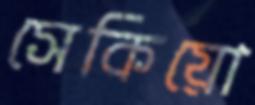
সেকিয়ো